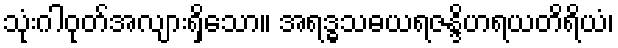
သုံးဂါဝုတ်အလျားရှိသော။ အရဒ္ဓသဓယရဇန္ဒိဟရယတိရိယံ၊